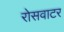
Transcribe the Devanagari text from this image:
रोसवाटर